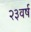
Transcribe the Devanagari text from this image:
२३वर्ष